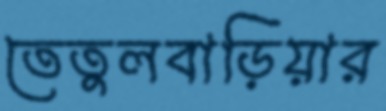
তেতুলবাড়িয়ার